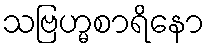
သဗြဟ္မစာရိနော